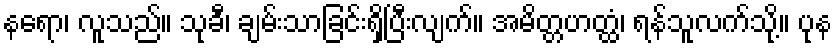
နရော၊ လူသည်။ သုခီ၊ ချမ်းသာခြင်းရှိပြီးလျက်။ အမိတ္တဟတ္ထံ၊ ရန်သူလက်သို့။ ပုန